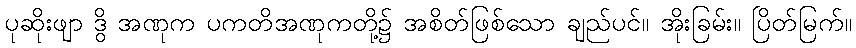
ပုဆိုးဖျာ ဒွိ အဏုက ပကတိအဏုကတို့၌ အစိတ်ဖြစ်သော ချည်ပင်။ အိုးခြမ်း။ ပြိတ်မြက်။